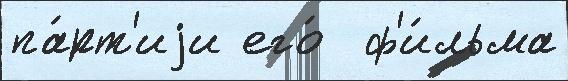
па́рт'иjи его́  ф'и́льма